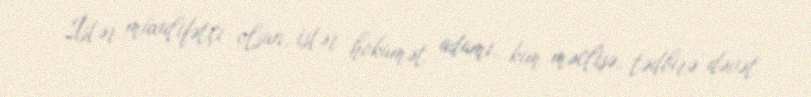
İstər müxalifətçi olsun, istər hökumət adamı, kim məclisə, tədbirə dəvət